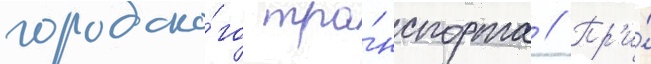
городско́го тра́нспорта // Пр'и́